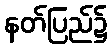
နတ်ပြည်၌